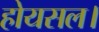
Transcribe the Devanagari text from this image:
होयसल।